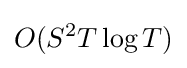
O(S^{2}T\log T)